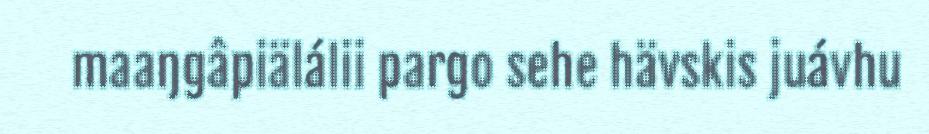
maaŋgâpiälálii pargo sehe hävskis juávhu